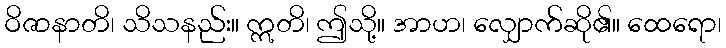
ဝိဇာနာတိ၊ သိသနည်း။ ဣတိ၊ ဤသို့။ အာဟ၊ လျှောက်ဆို၏။ ထေရော၊